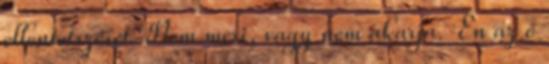
ellentetszését. Nem meri, vagy nem akarja. Én az ő